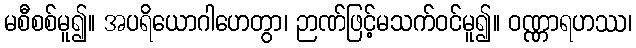
မစီစစ်မူ၍။ အပရိယောဂါဟေတွာ၊ ဉာဏ်ဖြင့်မသက်ဝင်မူ၍။ ဝဏ္ဏာရဟဿ၊